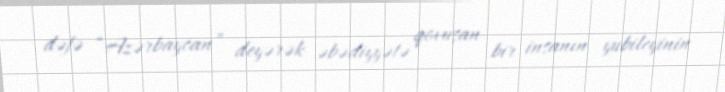
dəfə “Azərbaycan” deyərək əbədiyyətə qovuşan bir insanın yubileyinin